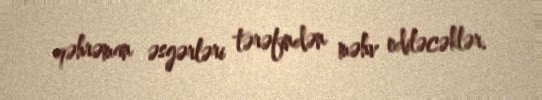
qəhrəman əsgərləri tərəfindən məhv ediləcəklər.